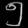
Digit: ၅